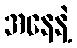
အနေနဲ့